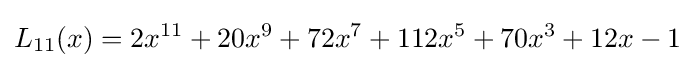
L_{11}(x)=2x^{11}+20x^{9}+72x^{7}+112x^{5}+70x^{3}+12x-1